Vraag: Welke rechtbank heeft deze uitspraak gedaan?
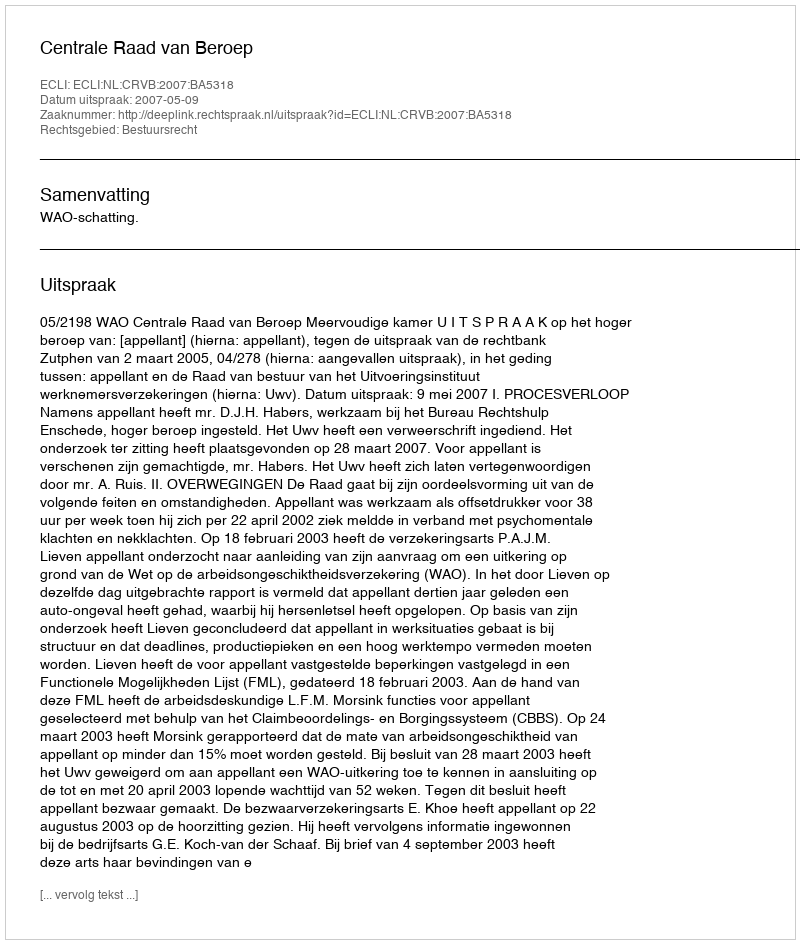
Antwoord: Centrale Raad van Beroep